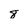
Character: 8